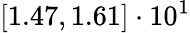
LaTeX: \left[1.47,1.61\right]\cdot 10^{1}